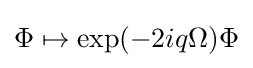
\Phi \mapsto \exp(-2iq\Omega )\Phi